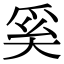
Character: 奚